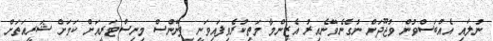
ނުލައި އެއްބަސްވުން ވުޖޫދަށް ނުގެނެވޭނެއިރު އެޒިންމާ މަތިކުރެވިފައިވަނީ ފިނޭންސް މިނިސްޓަރީއަށް ކަމަށް ޝަރީއަތަށް